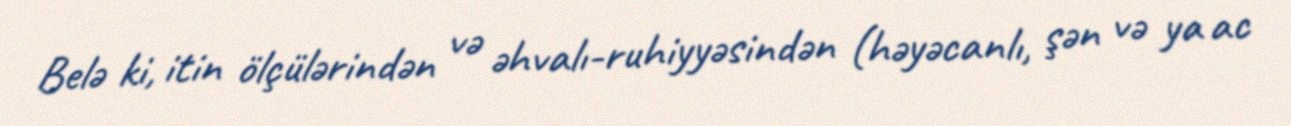
Belə ki, itin ölçülərindən və əhvalı-ruhiyyəsindən (həyəcanlı, şən və ya ac